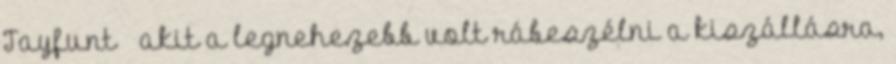
Tayfunt – akit a legnehezebb volt rábeszélni a kiszállásra,